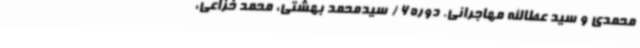
محمدی و سید عطا‌الله مهاجرانی. دوره6 / سیدمحمد بهشتی، محمد خزاعی،